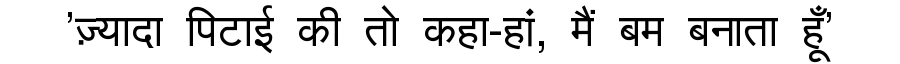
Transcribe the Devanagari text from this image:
'ज़्यादा पिटाई की तो कहा-हां, मैं बम बनाता हूँ'